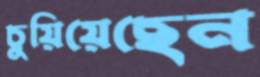
চুয়িয়েছেন